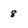
Character: 8